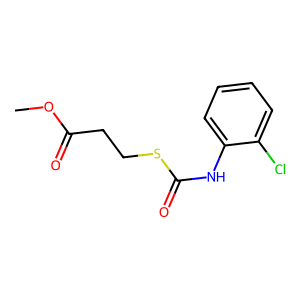
SMILES: COC(=O)CCSC(=O)Nc1ccccc1Cl
Inhibits HIV replication: No